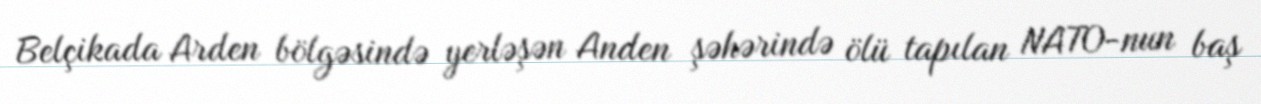
Belçikada Arden bölgəsində yerləşən Anden şəhərində ölü tapılan NATO-nun baş